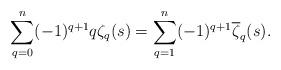
LaTeX: \begin{align*}\sum_{q=0}^n(-1)^{q+1}q\zeta_q(s)=\sum_{q=1}^n(-1)^{q+1} \overline{\zeta}_q(s).\end{align*}